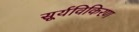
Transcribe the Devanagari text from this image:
सूर्यविकिरण